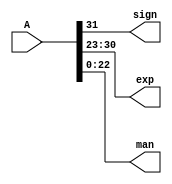
module Split(input [31:0]A, output sign, output [7:0]exp, output [22:0]man);
    assign sign = A[31];
    assign exp = A [30:23];
    assign man = A[22:0];
endmodule